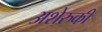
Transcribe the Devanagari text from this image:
अशेरुकी